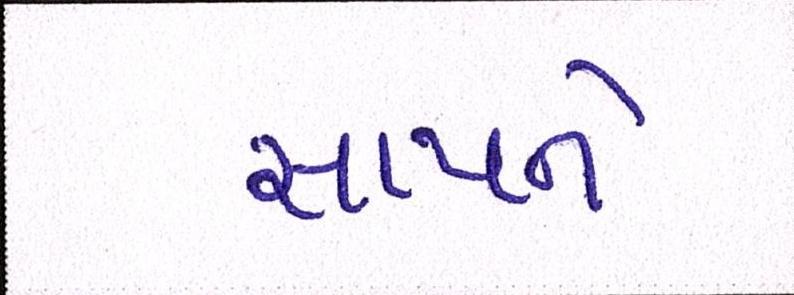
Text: સાપને